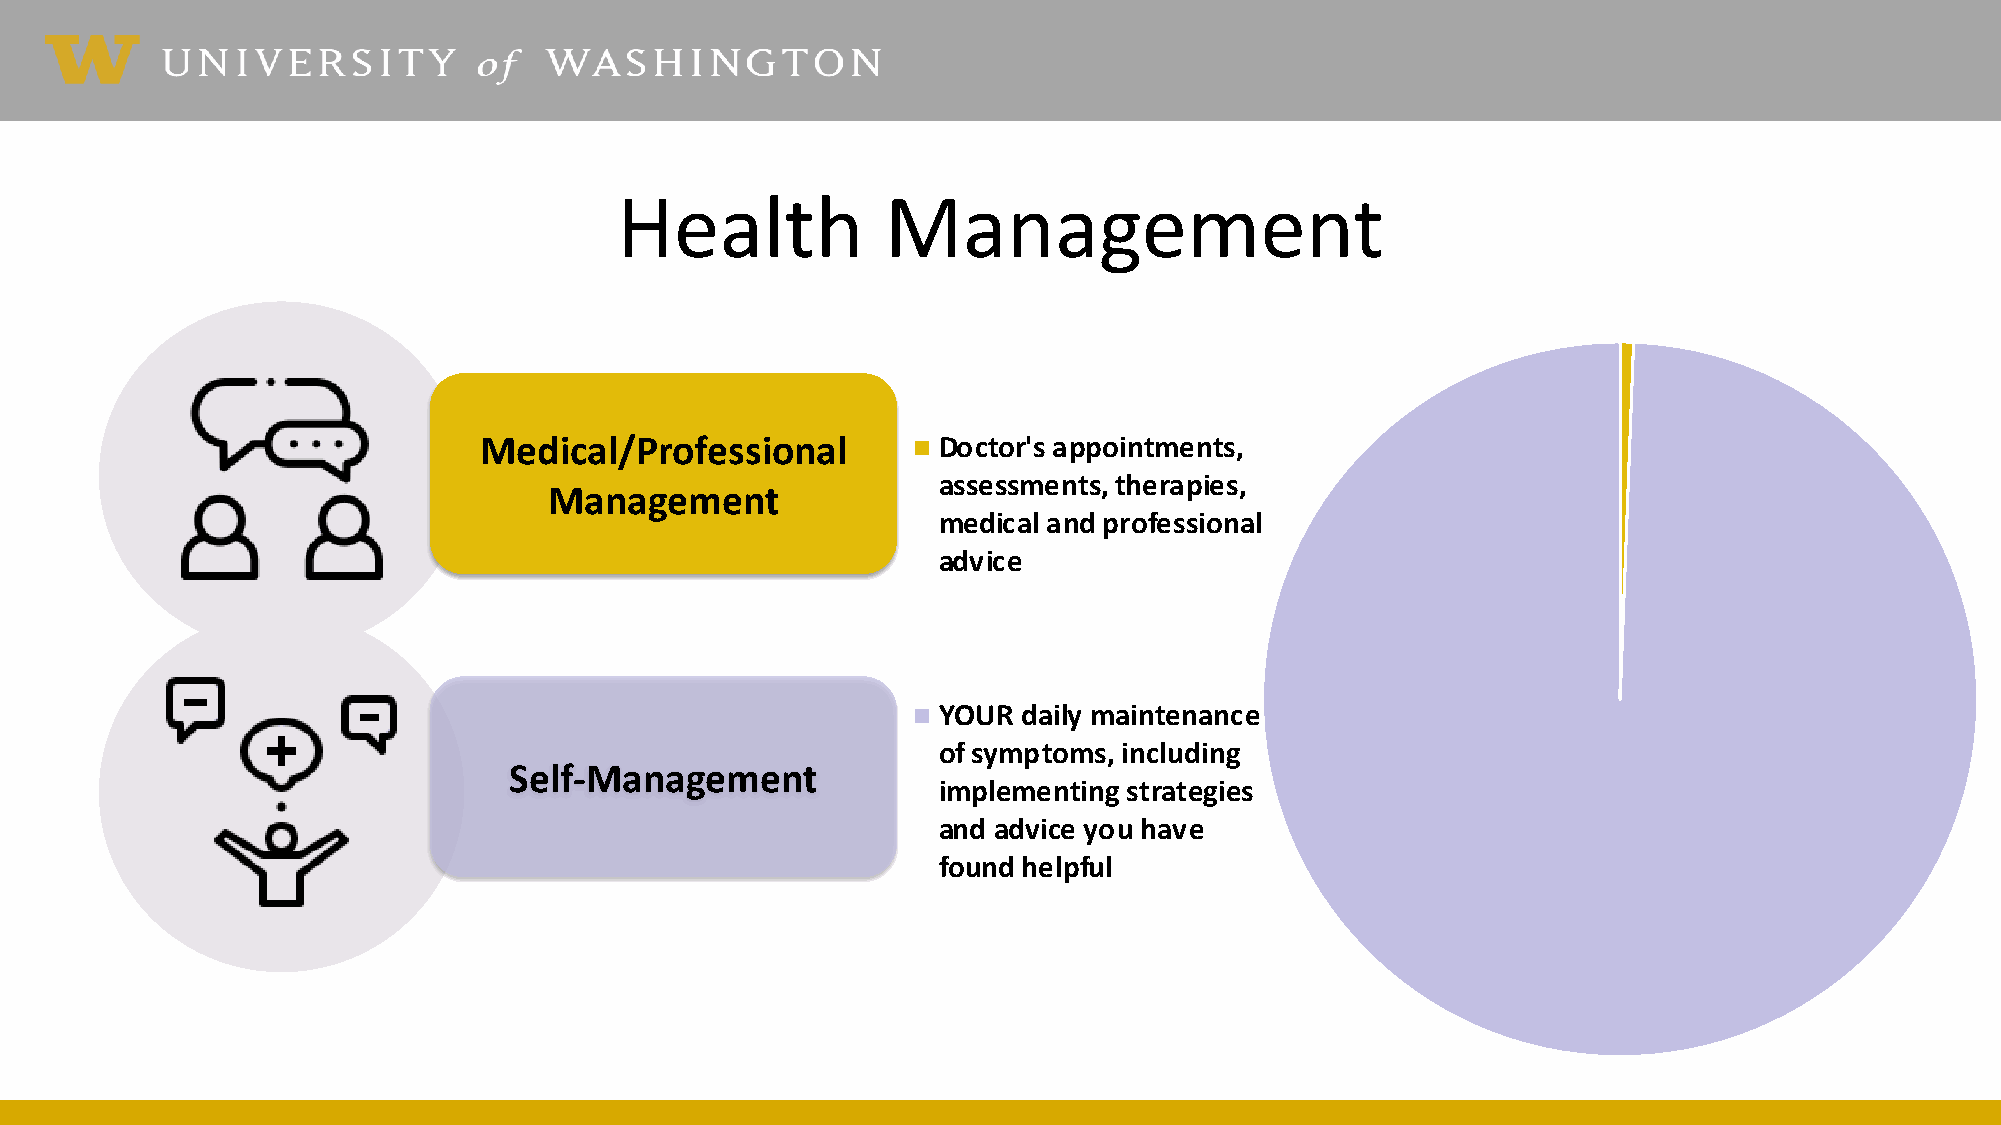
Health            Management
 Medical/Professional          Doctor's appointments,
 assessments, therapies,
 Management
 medical and professional
 advice
 YOUR  daily maintenance
 of symptoms, including
 Self-Management
 implementing strategies
 and advice you have
 found helpful